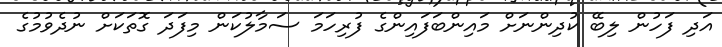
އަދި ފަހުން ލިބޭ ކުދިންނަށް މައިންބަފައިންގެ ފުރިހަމަ ސަމާލުކަން މިފަދަ ގޮތަކަށް ނުދެވުމުގެ